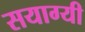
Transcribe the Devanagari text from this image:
सयाग्यी